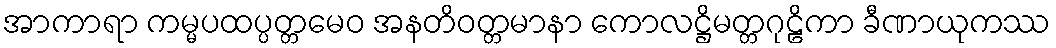
အာကာရာ ကမ္မပထပ္ပတ္တမေဝ အနတိဝတ္တမာနာ ကောလဋ္ဌိမတ္တဂုဠိကာ ခီဏာယုကဿ